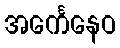
အင်္ကေနေဝ